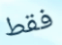
فقط